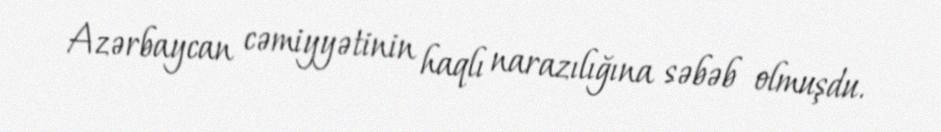
Azərbaycan cəmiyyətinin haqlı narazılığına səbəb olmuşdu.